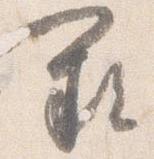
闕